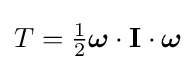
T={\tfrac {1}{2}}{\boldsymbol {\omega }}\cdot \mathbf {I} \cdot {\boldsymbol {\omega }}